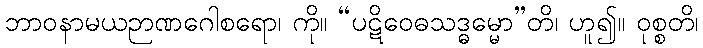
ဘာဝနာမယဉာဏဂေါစရော၊ ကို။ “ပဋိဝေဓသဒ္ဓမ္မော”တိ၊ ဟူ၍။ ဝုစ္စတိ၊